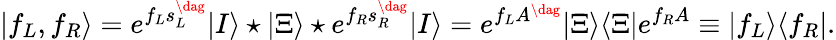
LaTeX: |f_{L},f_{R}\rangle=e^{f_{L}s_{L}^{\dag}}|I\rangle\star|\Xi\rangle\star e^{f_{R}s_{R}^{\dag}}|I\rangle=e^{f_{L}A^{\dag}}|\Xi\rangle\langle\Xi|e^{f_{R}A}\equiv|f_{L}\rangle\langle f_{R}|.